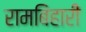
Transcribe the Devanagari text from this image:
रामबिहारी